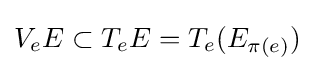
V_{e}E\subset T_{e}E=T_{e}(E_{\pi (e)})